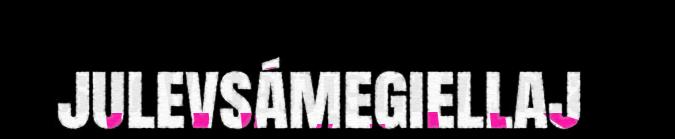
julevsámegiellaj